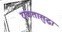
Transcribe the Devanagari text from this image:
टाकतासुद्धा